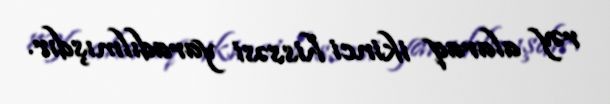
rəy alaraq ikinci hissəsi yaradılmışdır.